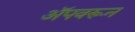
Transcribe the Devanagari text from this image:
अॅपवरून